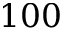
1 0 0